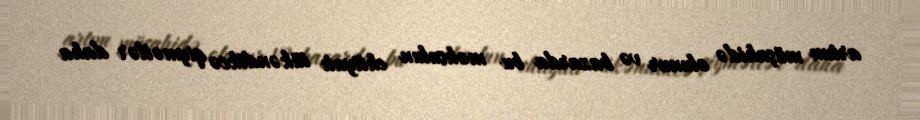
artım müşahidə olunur və bazarda bu məhsulun ehtiyatı tükəndikcə qiymətlər daha